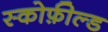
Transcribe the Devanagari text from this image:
स्कोफ़ील्ड